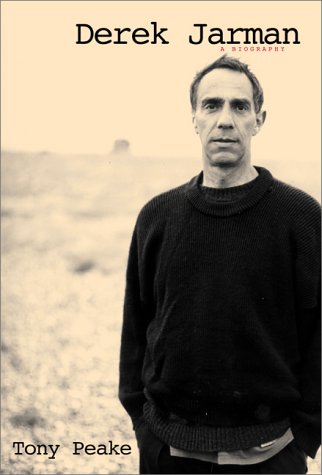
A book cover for Derek Jarman: A Biography; Tony Peake; Gay & Lesbian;